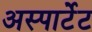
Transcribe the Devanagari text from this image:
अस्पार्टेट